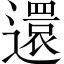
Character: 還